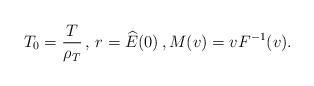
\begin{align*}T_0= \frac{T}{\rho_T} \,,\, r=\widehat{E}(0) \,, M(v)=v F^{-1}(v).\end{align*}